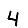
Digit: 4